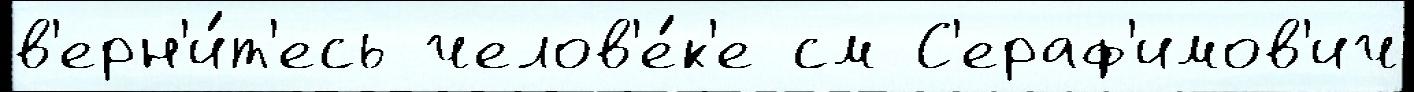
в'ерн'и́т'есь челов'е́к'е см С'ераф'имов'ич